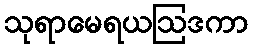
သုရာမေရယဩဒကာ